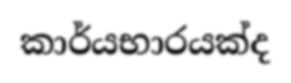
කාර්යභාරයක්ද